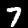
Label: 7